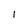
Character: I